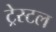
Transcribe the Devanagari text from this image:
ट्रेस्टल